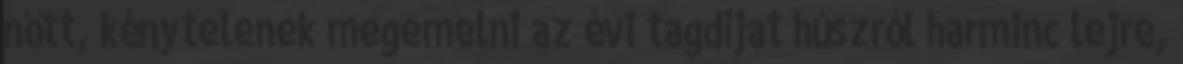
nőtt, kénytelenek megemelni az évi tagdíjat húszról harminc lejre,